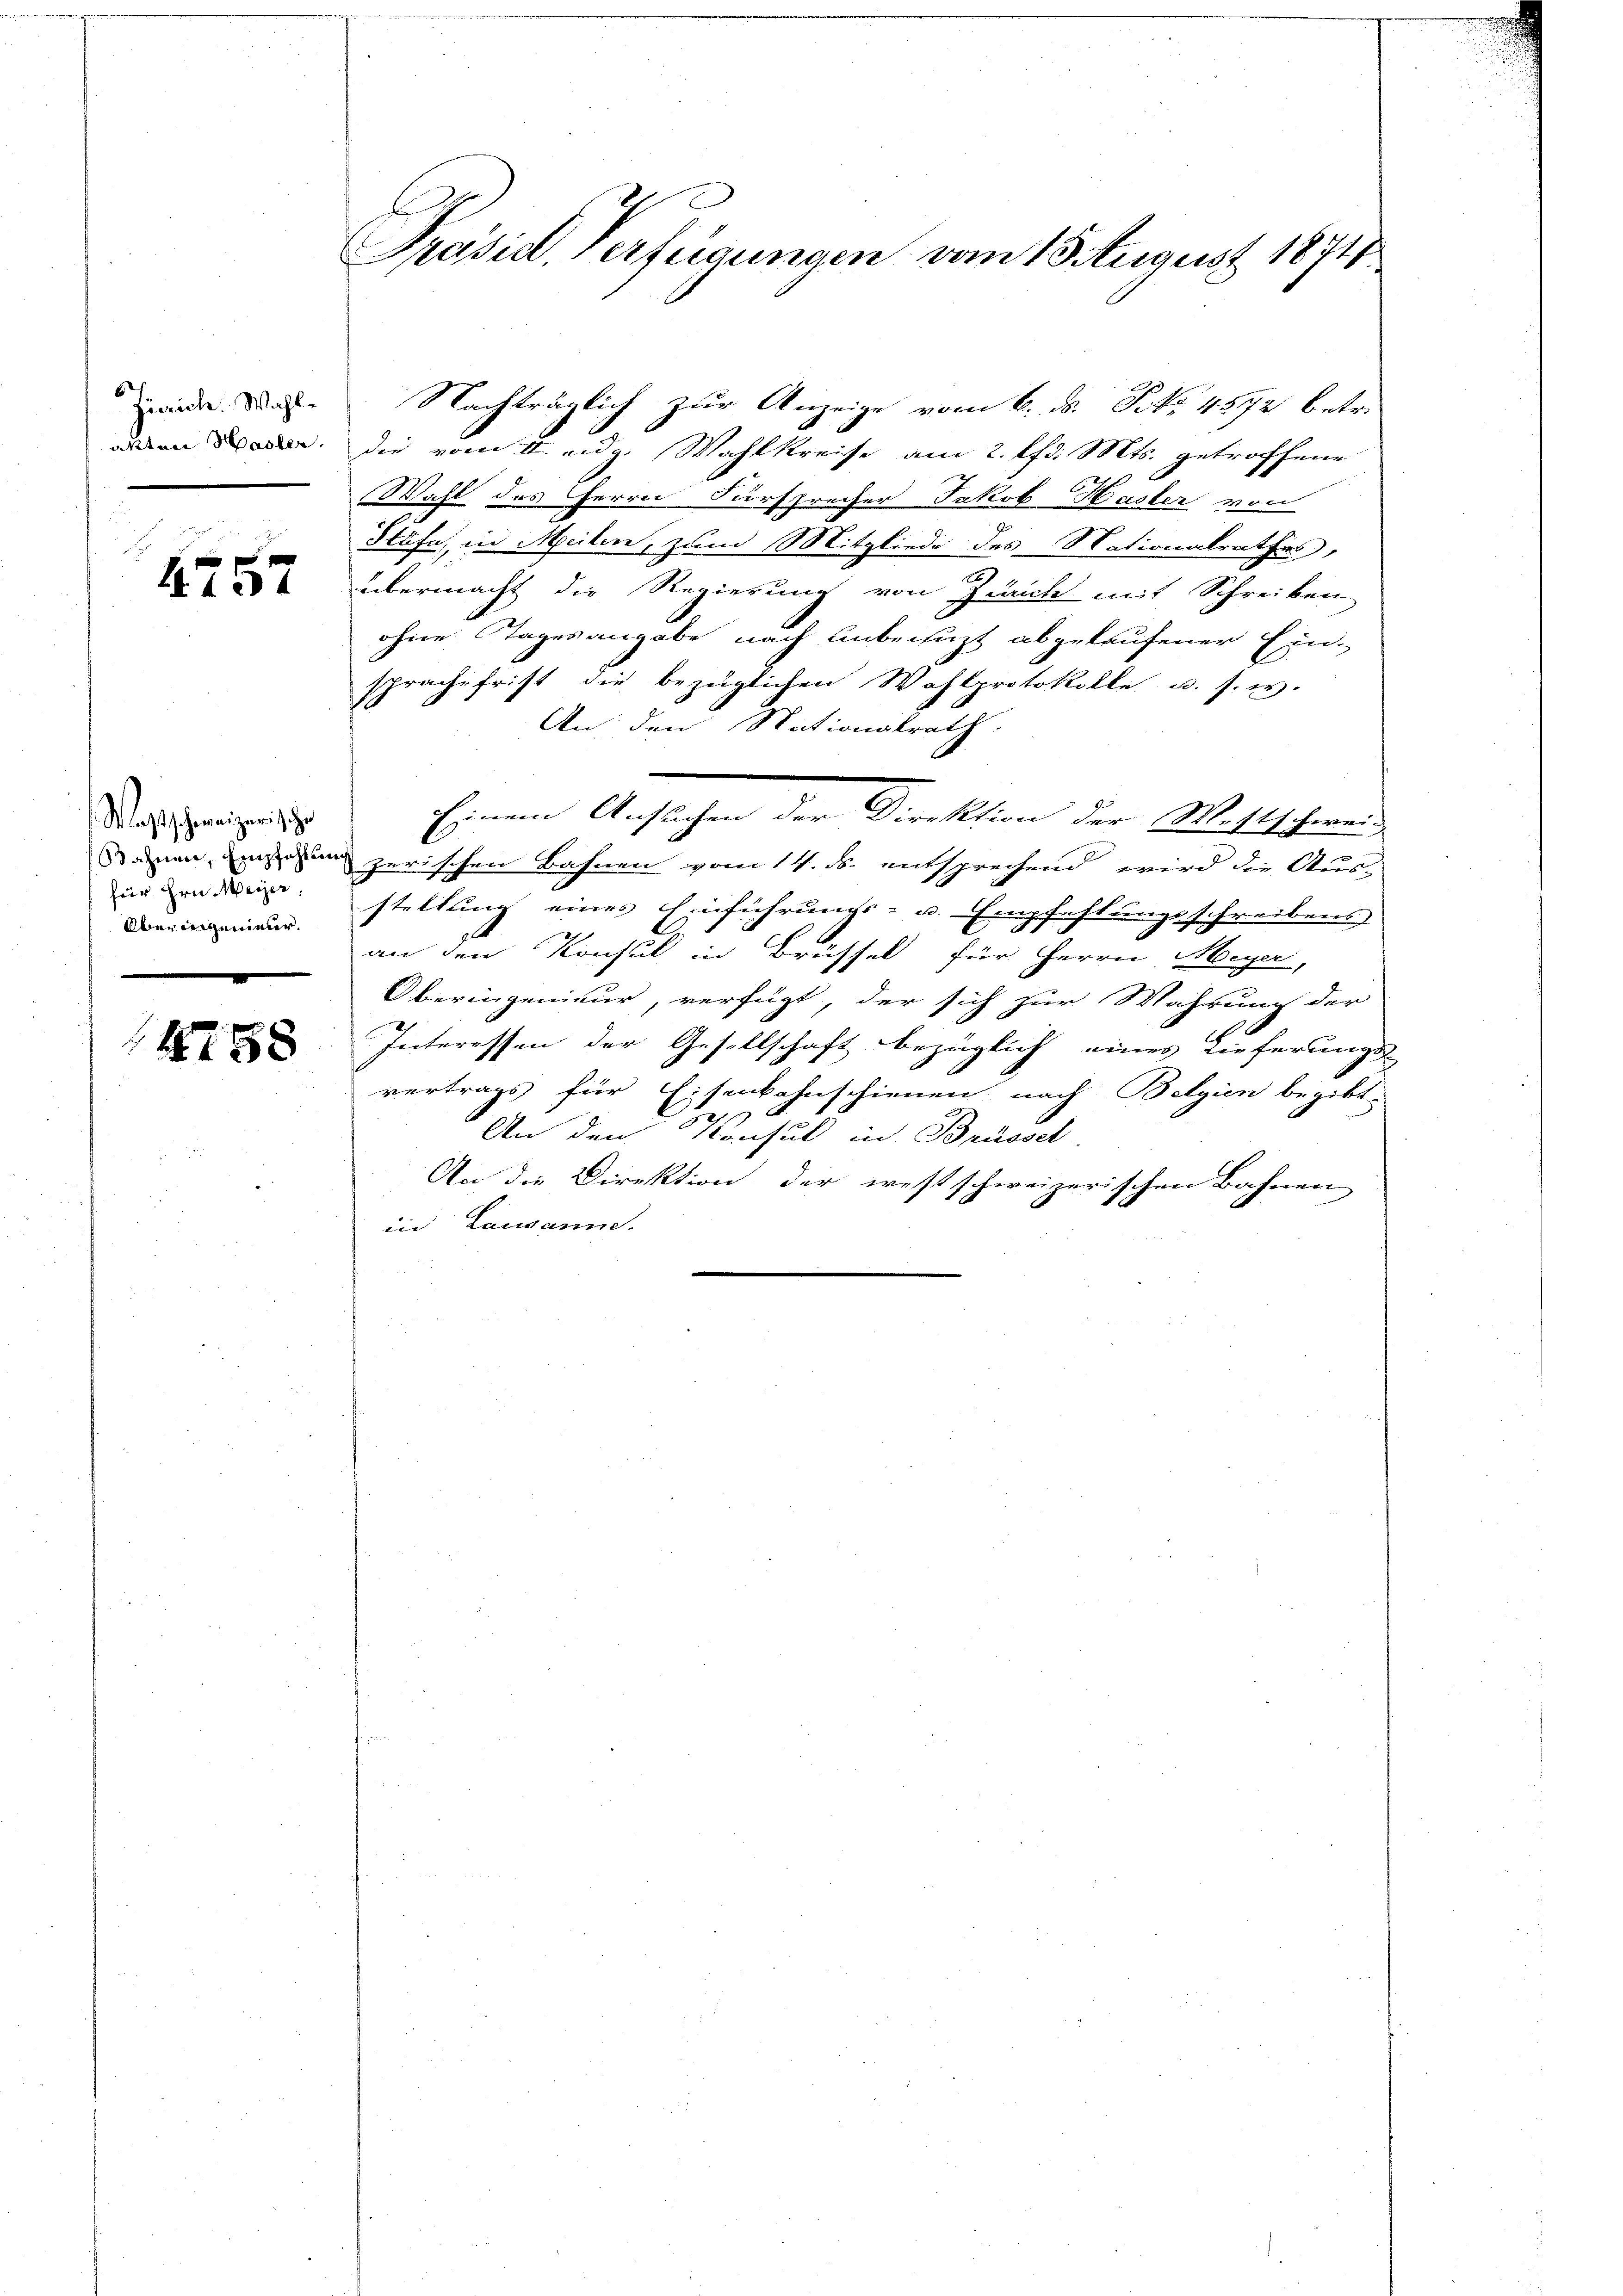
Zürich. Wahl¬

4757

Mastschereizeris zu
Bahnen, Empfehlung
für Hrn. Meyer
Oberingenieur.
.

4788

Präsid. Verfügungen vom 1 August 1871

Nachträglich zur Anzeige vom 6. d. Frk. 4872 betr.
Den Baden. Die vom II. eidg. Wahlkreise am 2. lfd. Mts. getroffene
Wahl des Herrn Fürsprecher Jakob Hasler von
Stäfa, in Meilen, zum Mitgliede des Nationalrathes,
übermacht die Regierung von Zürich mit Schreiben
ohne Tagesangabe nach Anbenuzt abgekaufener Ein-
sprache frist die bezüglichen Wahlprotokolle, u. s. w.
An den Nationalrath.
zerischen Bahnen vom 14. ds. entsprechend, wird die Aus-
stellung eines Einführungs- u. Empfehlungsschreibens
an den Konsul in Brüssel für Herrn Meyer,
Oberingenieur, verfügt, der sich zur Wahrung der
Interessen der Gesellschaft bezüglich eines Lieferungs-
vertrags für Eisenbahnschienen, nach Belgien begibt.
d
An den Konsul in Brüssel.
An die Direktion der westschweizerischen Bahnen
in Lausanne.

Einem Ansuchen der Direktion der Wittschwend